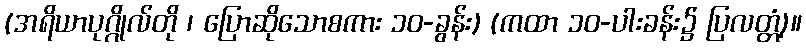
(အရိယာပုဂ္ဂိုလ်တို ၊ ပြောဆိုသောစကား ၁၀-ခွန်း) (ကထာ ၁၀-ပါးခန်း၌ ပြလတ္တံ့)။